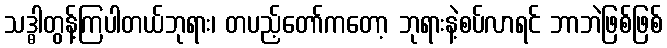
သဒ္ဓါတွန့်ကြပါတယ်ဘုရား၊ တပည့်တော်ကတော့ ဘုရားနဲ့စပ်လာရင် ဘာဘဲဖြစ်ဖြစ်